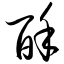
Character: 酥